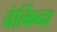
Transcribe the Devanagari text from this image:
नेल्किन्दा